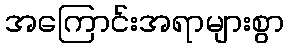
အကြောင်းအရာများစွာ